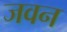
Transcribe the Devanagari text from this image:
जवन